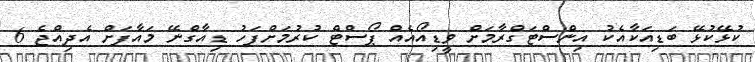
ކުޅޭކުޅޭ ބަޑިއަކާއެކު އިންސްޓަގްރާމަށް ވީޑިއޯއެއް ޕޯސްޓް ކުރުމަށްފަހު ޑިއާގްނޭ މައާފަށް އެދިއްޖެ 6